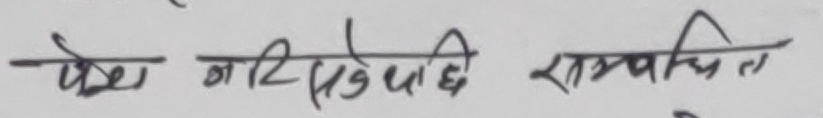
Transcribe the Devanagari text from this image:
पेश गरिसकेपछि सम्बन्धित